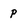
Character: p